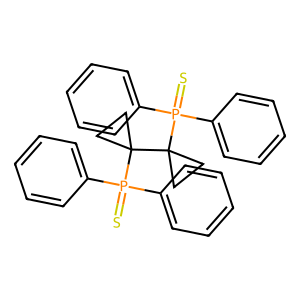
SMILES: S=P(c1ccccc1)(c1ccccc1)C1(C2(P(=S)(c3ccccc3)c3ccccc3)CC2)CC1
Inhibits HIV replication: No